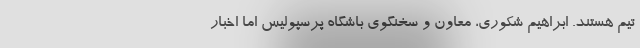
تیم هستند. ابراهیم شکوری، معاون و سخنگوی باشگاه پرسپولیس اما اخبار